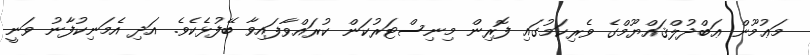
މަޢުމޫން ޢަބްދުލްޤައްޔޫމްގެ ވެރިކަމުގައި ފޮރިން މިނިސްޓަރުކަން ކުރައްވާފައިވާ ބޭފުޅެކެވެ. އަދި އެމަނިކުފާނު ވަނީ